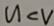
u < V